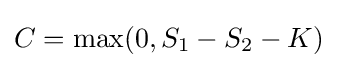
C=\max(0,S_{1}-S_{2}-K)